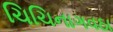
ચિચિનાગવઠા